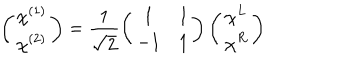
\left( \begin{array} { c } { { \chi ^ { ( 1 ) } } } \\ { { \chi ^ { ( 2 ) } } } \\ \end{array} \right) = \frac { 1 } { \sqrt { 2 } } \left( \begin{array} { c c } { { 1 } } & { { 1 } } \\ { { - 1 } } & { { 1 } } \\ \end{array} \right) \left( \begin{array} { c } { { \chi ^ { L } } } \\ { { \chi ^ { R } } } \\ \end{array} \right)